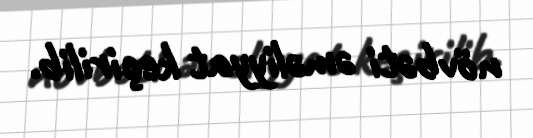
növbəti əməliyyat keçirilib.